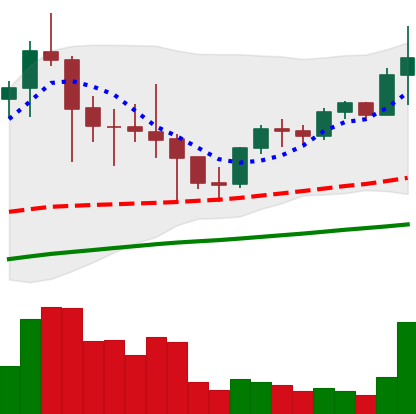
Ticker: LTC-USD
Chart end date: 2021-05-04
Forward return: 26.194%
Label: up_7plus